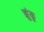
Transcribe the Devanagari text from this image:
झुंकू